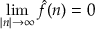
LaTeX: \operatorname* { l i m } _ { | n | \rightarrow \infty } { \hat { f } } ( n ) = 0